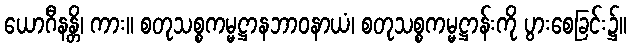
ယောဂီနန္တိ၊ ကား။ စတုသစ္စကမ္မဋ္ဌာနဘာဝနာယံ၊ စတုသစ္စကမ္မဋ္ဌာန်းကို ပွားစေခြင်း၌။